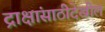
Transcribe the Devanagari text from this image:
द्राक्षांसाठीदेखील